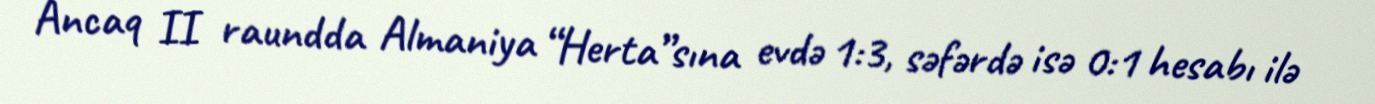
Ancaq II raundda Almaniya “Herta”sına evdə 1:3, səfərdə isə 0:1 hesabı ilə